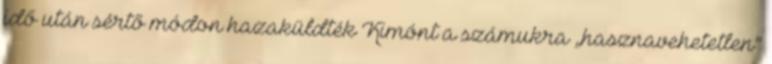
idő után sértő módon hazaküldték Kimónt a számukra „hasznavehetetlen”